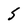
Character: 5